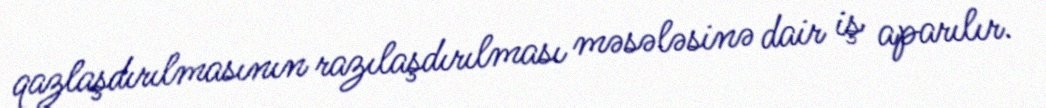
qazlaşdırılmasının razılaşdırılması məsələsinə dair iş aparılır.